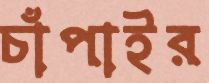
চাঁপাইর